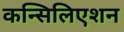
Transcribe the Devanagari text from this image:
कन्सिलिएशन